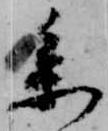
参